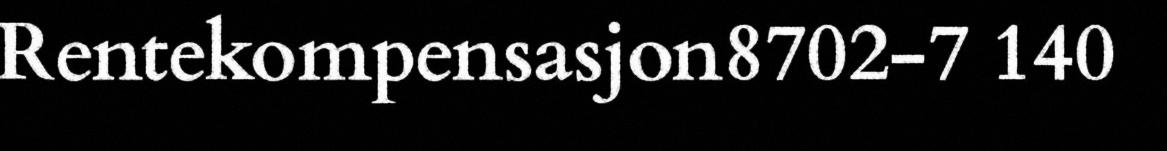
Rentekompensasjon8702-7 140